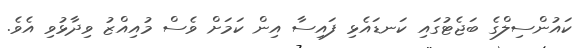
ކައުންސިލްގެ ބަޖެޓުގައި ކަނޑައެޅި ފައިސާ އިން ކަމަށް ވެސް މުއިއްޒު ވިދާޅުވި އެވެ.